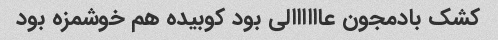
کشک بادمجون عاااااالی بود کوبیده هم خوشمزه بود